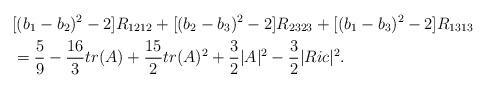
LaTeX: \begin{align*}&[(b_1-b_2)^2-2]R_{1212}+[(b_2-b_3)^2-2]R_{2323}+[(b_1-b_3)^2-2]R_{1313}\\&=\frac{5}{9}-\frac{16}{3}tr(A)+\frac{15}{2}tr(A)^2+\frac{3}{2}|A|^2-\frac{3}{2}|Ric|^2.\end{align*}